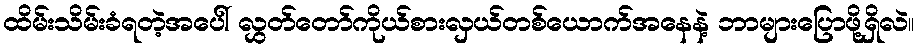
ထိမ်းသိမ်းခံရတဲ့အပေါ် လွှတ်တော်ကိုယ်စားလှယ်တစ်ယောက်အနေနဲ့ ဘာများပြောဖို့ရှိလဲ။